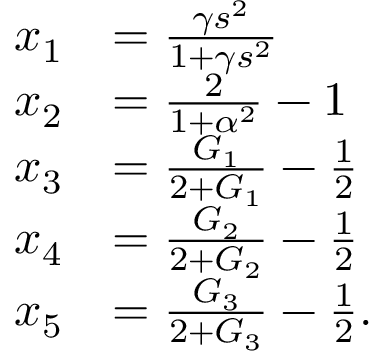
\begin{array} { r l } { x _ { 1 } } & { = \frac { \gamma s ^ { 2 } } { 1 + \gamma s ^ { 2 } } } \\ { x _ { 2 } } & { = \frac { 2 } { 1 + \alpha ^ { 2 } } - 1 } \\ { x _ { 3 } } & { = \frac { G _ { 1 } } { 2 + G _ { 1 } } - \frac { 1 } { 2 } } \\ { x _ { 4 } } & { = \frac { G _ { 2 } } { 2 + G _ { 2 } } - \frac { 1 } { 2 } } \\ { x _ { 5 } } & { = \frac { G _ { 3 } } { 2 + G _ { 3 } } - \frac { 1 } { 2 } . } \end{array}